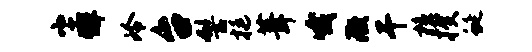
尘懈冷台髻挺葺哦微干檀揆蜒